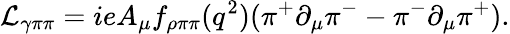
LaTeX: {\cal L}_{\gamma\pi\pi}=ieA_{\mu}f_{\rho\pi\pi}(q^{2})(\pi^{+}\partial_{\mu}\pi^{-}-\pi^{-}\partial_{\mu}\pi^{+}).